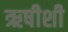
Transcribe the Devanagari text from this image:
ऋषीशी